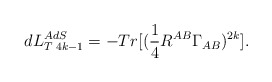
\begin{align*}dL_{T\;4k-1}^{AdS}=-Tr[(\frac{1}{4}R^{AB}\Gamma _{AB})^{2k}]. \end{align*}